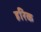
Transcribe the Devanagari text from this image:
हरिक